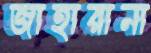
জাহারানা